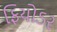
ફિયોડર